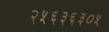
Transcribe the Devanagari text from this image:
२५६३६३०५